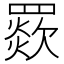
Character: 𦌗